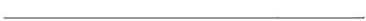
___